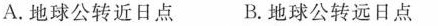
A.地球公转近日点 B.地球公转远日点